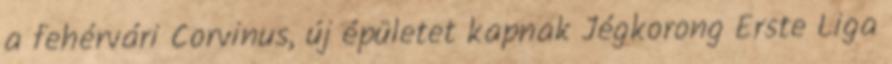
a fehérvári Corvinus, új épületet kapnak Jégkorong Erste Liga